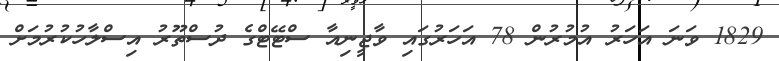
1829 ވަނަ އަހަރު އުމުރުން 78 އަހަރުގައި ވާޖީނިއާ ސްޓޭޓްގެ ދުސްތޫރު އިސްލާހުކުރުމަށް